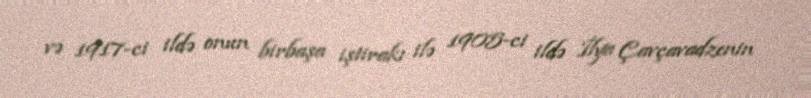
və 1917-ci ildə onun birbaşa iştirakı ilə 1905-ci ildə İlya Çavçavadzenin